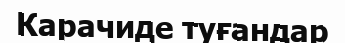
Карачиде туғандар